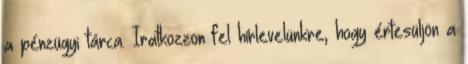
a pénzügyi tárca. Iratkozzon fel hírlevelünkre, hogy értesüljön a